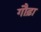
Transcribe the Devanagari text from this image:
गौढ़ा